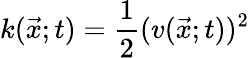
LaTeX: k(\vec{x};t)=\frac{1}{2}(v(\vec{x};t))^{2}